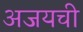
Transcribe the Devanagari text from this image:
अजयची